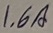
Text: 1.6A